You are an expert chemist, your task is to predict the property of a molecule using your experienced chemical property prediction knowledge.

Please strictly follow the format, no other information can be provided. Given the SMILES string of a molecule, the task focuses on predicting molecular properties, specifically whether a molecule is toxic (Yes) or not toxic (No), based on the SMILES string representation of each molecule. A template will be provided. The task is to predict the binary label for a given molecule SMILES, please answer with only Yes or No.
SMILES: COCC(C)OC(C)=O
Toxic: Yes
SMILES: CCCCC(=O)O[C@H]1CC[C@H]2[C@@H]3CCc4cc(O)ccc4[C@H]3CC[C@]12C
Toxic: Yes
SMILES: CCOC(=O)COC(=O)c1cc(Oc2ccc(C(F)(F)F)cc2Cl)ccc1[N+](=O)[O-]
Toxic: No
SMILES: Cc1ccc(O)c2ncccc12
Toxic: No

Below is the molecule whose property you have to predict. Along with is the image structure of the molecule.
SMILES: CC(C)CC(C)(N)C#N
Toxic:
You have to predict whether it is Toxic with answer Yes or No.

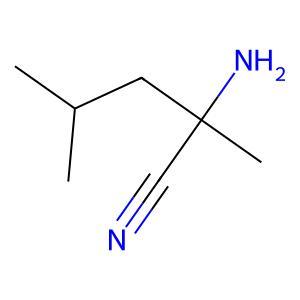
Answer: No